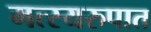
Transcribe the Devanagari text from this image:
मत्स्यरुपात